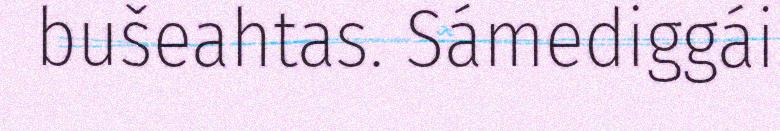
bušeahtas. Sámediggái